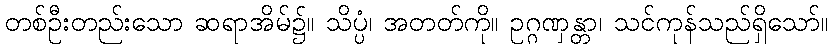
တစ်ဦးတည်းသော ဆရာအိမ်၌။ သိပ္ပံ၊ အတတ်ကို။ ဥဂ္ဂဏှန္တာ၊ သင်ကုန်သည်ရှိသော်။